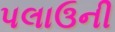
પલાઉની